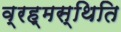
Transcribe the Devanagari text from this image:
व्रह्मस्थिति